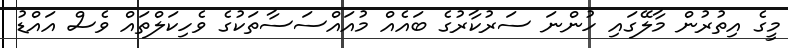
މީގެ އިތުރުން މާލޭގައި ހުންނަ ސަރުކާރުގެ ބައެއް މުއައްސަސާތަކުގެ ވެހިކަލްތައް ވެސް އައްޑު